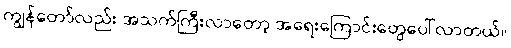
ကျွန်တော်လည်း အသက်ကြီးလာတော့ အရေးကြောင်းတွေပေါ်လာတယ်။